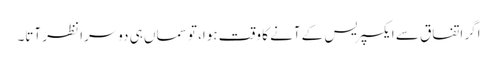
اگر اتفاق سے ایکسپریس کے آنے کا وقت ہوا، تو سماں ہی دوسرا نظر آتا۔